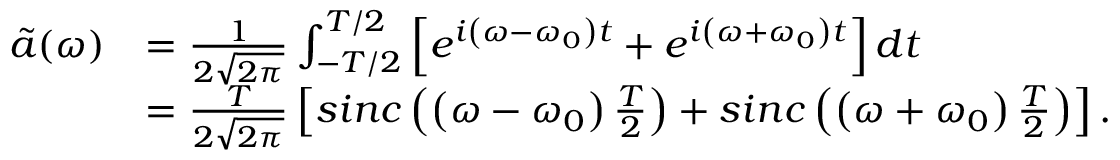
\begin{array} { r l } { \tilde { a } ( \omega ) } & { = \frac { 1 } { 2 \sqrt { 2 \pi } } \int _ { - T / 2 } ^ { T / 2 } \left[ e ^ { i \left( \omega - \omega _ { 0 } \right) t } + e ^ { i \left( \omega + \omega _ { 0 } \right) t } \right] d t \, } \\ & { = \frac { T } { 2 \sqrt { 2 \pi } } \left[ s i n c \left( \left( \omega - \omega _ { 0 } \right) \frac { T } { 2 } \right) + s i n c \left( \left( \omega + \omega _ { 0 } \right) \frac { T } { 2 } \right) \right] . } \end{array}